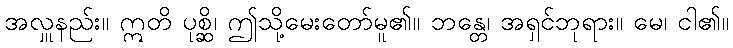
အလှူနည်း။ ဣတိ ပုစ္ဆိ၊ ဤသို့မေးတော်မူ၏။ ဘန္တေ၊ အရှင်ဘုရား။ မေ၊ ငါ၏။